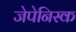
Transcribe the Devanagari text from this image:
जेपेनिस्क